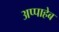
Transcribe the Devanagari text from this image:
अप्पाहेब